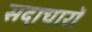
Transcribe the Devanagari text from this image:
सदाचारों